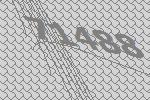
71488